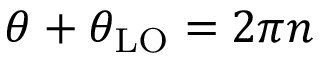
\theta + \theta _ { \mathrm { L O } } = 2 \pi n